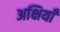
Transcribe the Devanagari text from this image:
अक्षियाँ